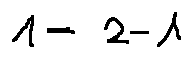
1 = 2 - 1